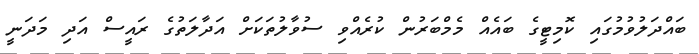
ބައްދަލުވުމުގައި ކޮމިޓީގެ ބައެއް މެމްބަރުން ކުރެއްވި ސުވާލުތަކަށް އަދާލަތުގެ ރައީސް އަދި މަދަނީ